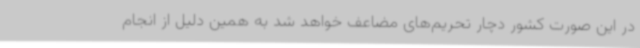
در این صورت کشور دچار تحریم‌های مضاعف خواهد شد به همین دلیل از انجام